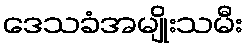
ဒေသခံအမျိုးသမီး